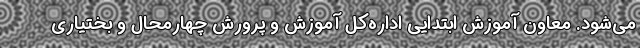
می‌شود. معاون آموزش ابتدایی اداره‌کل آموزش و پرورش چهارمحال و بختیاری